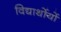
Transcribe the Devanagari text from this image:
विद्यार्थोयों